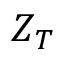
Z _ { T }